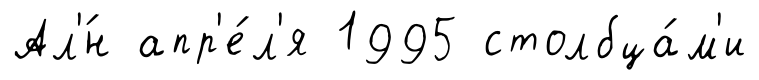
Ал'́н апр'е́л'я 1995 столбца́м'и